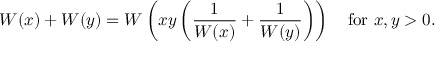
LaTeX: W ( x ) + W ( y ) = W \left( x y \left( { \frac { 1 } { W ( x ) } } + { \frac { 1 } { W ( y ) } } \right) \right) \quad { \mathrm { f o r ~ } } x , y > 0 .